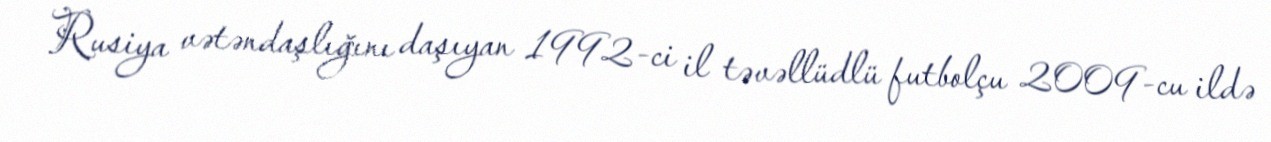
Rusiya vətəndaşlığını daşıyan 1992-ci il təvəllüdlü futbolçu 2009-cu ildə